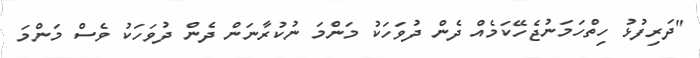
''ދަރިފުޅު ހިތްހަމަނުޖެހޭކަމެއް ދެން ދުވަހަކު މަންމަ ނުކުރާނަން ދެން ދުވަހަކު ވެސް މަންމަ